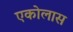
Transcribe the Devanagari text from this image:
एकोलास